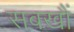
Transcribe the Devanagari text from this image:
सबखौं